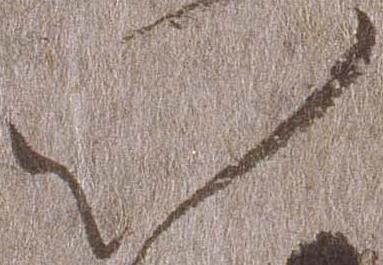
以